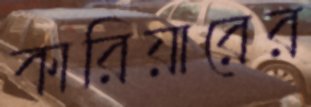
কারিয়ারের